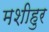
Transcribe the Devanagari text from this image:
मशीहुर